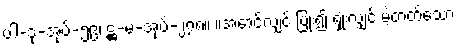
ပါ-ဒု-အုပ်-၅၉၊ ဋ္ဌ-မ-အုပ်-၂၇၈။ ။အောင်လျှင် ပြုံး၍ ရှုံးလျှင် မဲ့တတ်သော